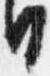
日